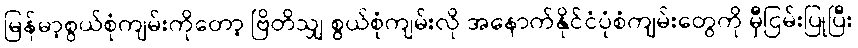
မြန်မာ့စွယ်စုံကျမ်းကိုတော့ ဗြိတိသျှ စွယ်စုံကျမ်းလို အနောက်နိုင်ငံပုံစံကျမ်းတွေကို မှီငြမ်းပြုပြီး